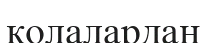
қолалардан